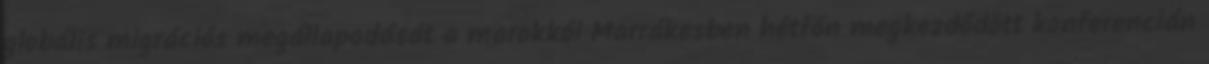
globális migrációs megállapodását a marokkói Marrákesben hétfőn megkezdődött konferencián